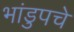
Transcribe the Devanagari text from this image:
भांडुपचे